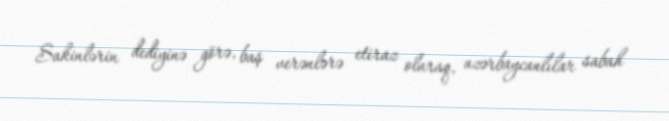
Sakinlərin dediyinə görə, baş verənlərə etiraz olaraq, azərbaycanlılar sabah